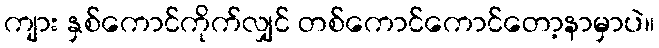
ကျား နှစ်ကောင်ကိုက်လျှင် တစ်ကောင်ကောင်တော့နာမှာပဲ။